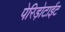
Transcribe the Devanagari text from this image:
पेरिड़ोटाईट